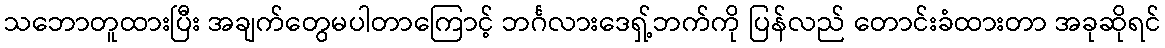
သဘောတူထားပြီး အချက်တွေမပါတာကြောင့် ဘင်္ဂလားဒေရှ့်ဘက်ကို ပြန်လည် တောင်းခံထားတာ အခုဆိုရင်